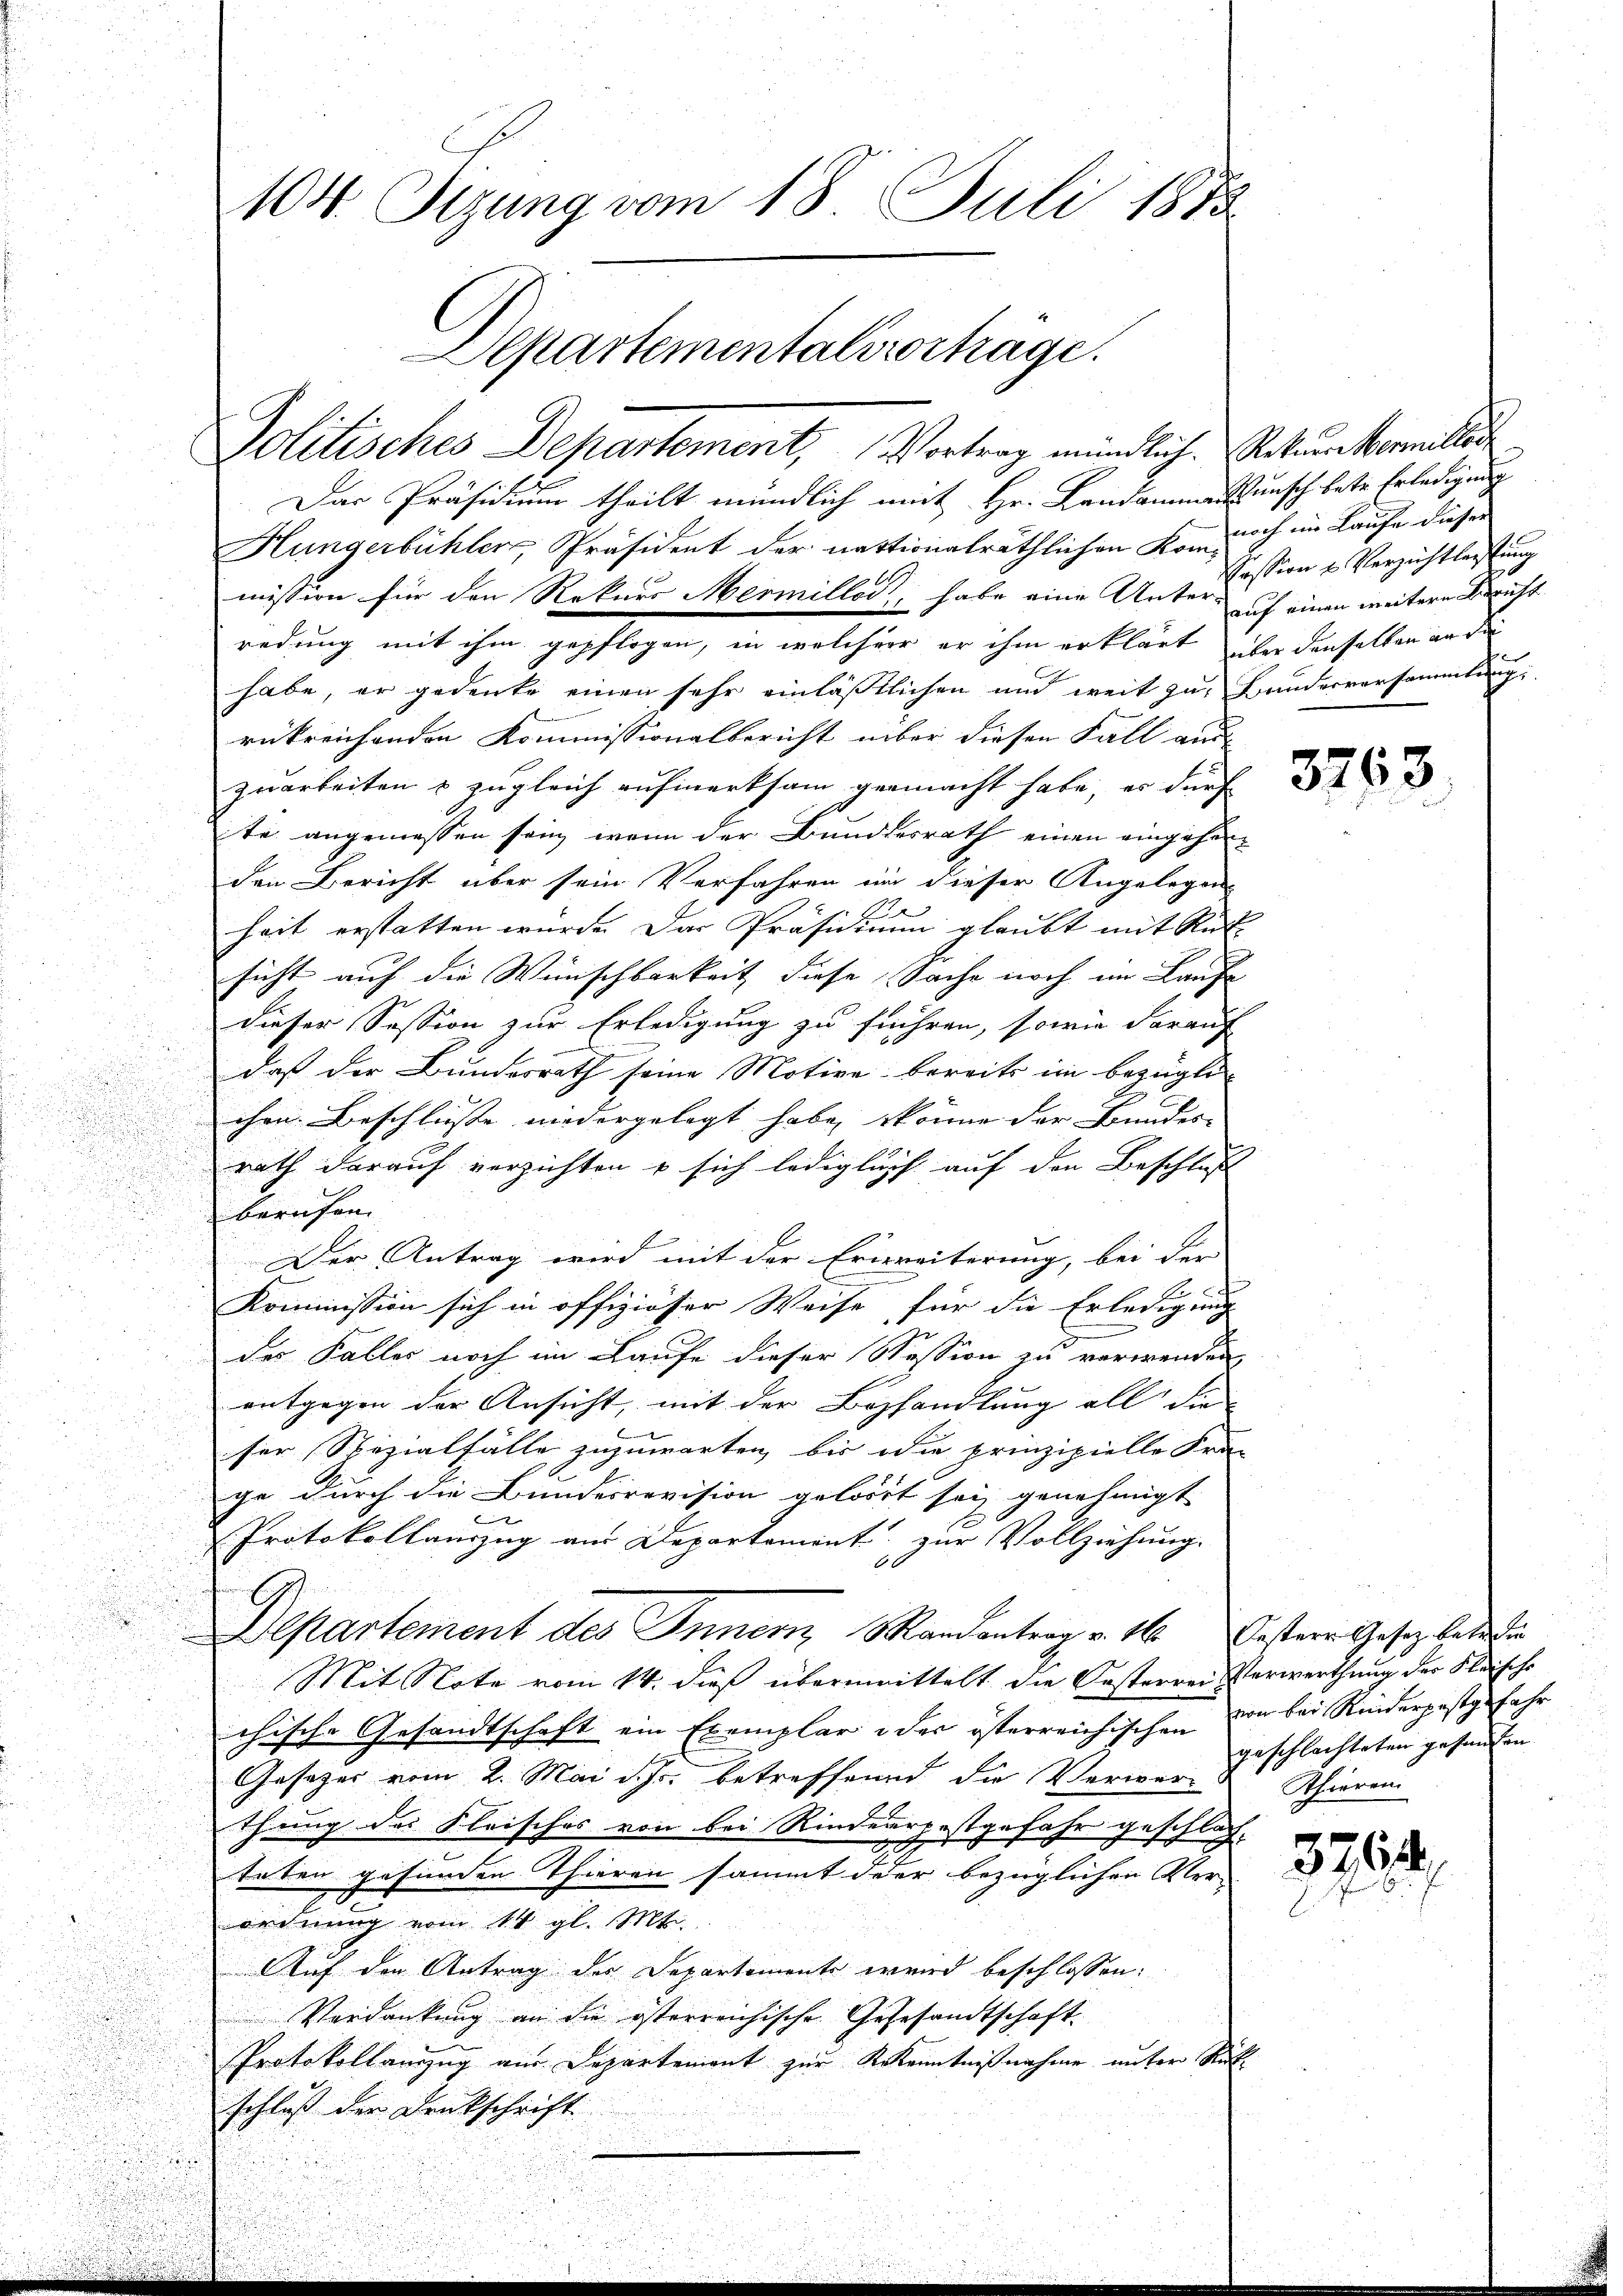
104. Sizung vom 18. Juli 1873
Departementalsvortrage.

Politisches Departement, Vortrag mündlich. Rekur Normitter
Das Präsidium theilt mündlich mit Hr. Landammen unsch betr. Erledigung
Hungerbühler, Präsident der nationalräthlichen Kornach in Laufe dieser
mission für den Rekurs Mermillos, habe eine Unters auf einen weitere Bericht
redung mit ihm gepflogen, in welcher er ihm erklärt, über denselben an die
habe, er gedenke einen sehr einläßtlichen und weit zu Bundesversammlung
rükreichenden Kommissionalbericht über diesen Fall aus-
zuarbeiten & zugleich aufmerksam gemacht habe, es durf
te angemessen sein, wenn der Bundesrath einen eingehen
den Bericht über sein Verfahren in dieser Angelegen
A
heit erstatten wurde. Der Präsidium glaubt mit Auf-
sicht auf die Wünschbarkeit diese Sache noch im Laufe
dieser Session zur Erledigung zu führen, sowie darauf
daß der Bundesrath seine Motive bereits im bezügli
ihrn. Beschlusse niedergelegt habe, könne der Bunder- |
d
rath darauf verzichten u sich lediglich auf den Beschluß
u
berufen.
Der Antrag wird mit der Erweiterung, bei der |
Kommission sich in offiziöser Weise für die Erledigung
der Faller noch im Laufe dieser Session zu verwenden
1
entgegen der Ansicht, mit der Bezhandlung all die
g
ser Spezialfälle zuzuwarten, bis die prinzipielle Fra-
6
ge durch die Bundesrevision gelöst sei genehmigt
3
Protokollauszug aus Departement zur Vollziehung.
.
Departement des Innern Mandantrag v. 16. Oestere Gesetz betr die
u
Mit Note vom 14. dieß übermittelt die Oesterrei Verwerthung der Fleische
.
chische Gesandtschaft ein Exemplar oder österreichischen von bei Rinderpestfahr
Gesetzes vom 2. Mai d. Js. betreffend die Verwer- Thieren
thung des Fleisches von bei Rinderrpestgefahr geschlach- |
2
teten gesunden Thieren sammt der bezüglichen Ver-
ordnung vom 14. gl. Mt.
Auf den Antrag der Departemente wird beschlossen:
Verdankung an die österreichische Gesesandtschaft.
Protokollanzug aus Departement zur Erkenntnißnahme unter Rück
schluß der Denkschrift

Pession u Verzichtleistung

3763

geschlachteten gesandten

376.